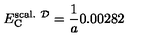
E _ { \mathrm { C } } ^ { \mathrm { s c a l . } \ { \cal D } } = { \frac { 1 } { a } } 0 . 0 0 2 8 2